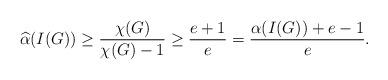
LaTeX: \begin{align*}\widehat\alpha(I(G)) \geq \frac{\chi(G)}{\chi(G)-1} \geq \frac{e+1}{e}= \frac{\alpha(I(G))+e-1}{e}.\end{align*}